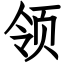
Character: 领